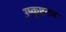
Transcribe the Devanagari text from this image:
उष्कृष्टतम